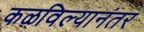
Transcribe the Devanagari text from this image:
कळविल्यानंतर